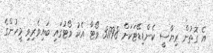
އެ ގޮތުން ރިޔާސީ ކެންޑިޑޭޓަކަށް 31798 ވޯޓާ އެކު ވޯޓުގައި ބައިވެރިވި މީހުންގެ